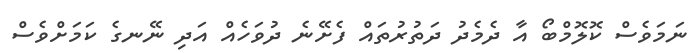
ނަމަވެސް ކޮލޮމްބޯ އާ ދެމެދު ދަތުރުތައް ފެށޭނެ ދުވަހެއް އަދި ނޭނގެ ކަމަށްވެސް